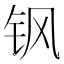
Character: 𮷻